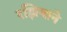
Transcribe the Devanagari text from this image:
रझियाने